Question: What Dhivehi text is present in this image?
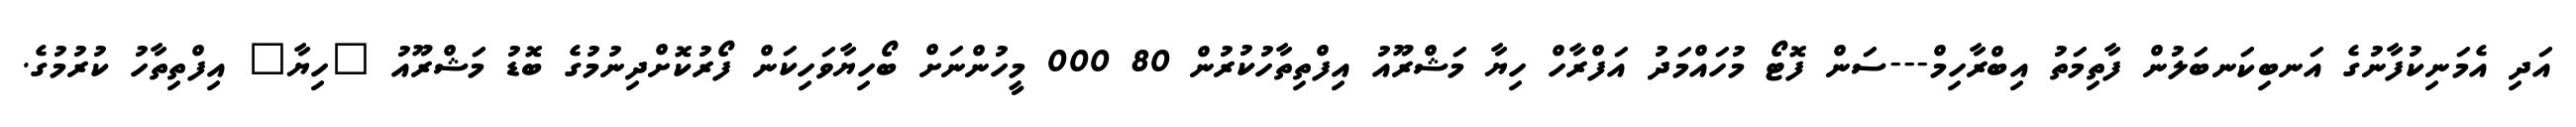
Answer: އަދި އެމަނިކުފާނުގެ އަނބިކަނބަލުން ފާތިމަތު އިބްރާހިމް---ސަން ފޮޓޯ މުހައްމަދު އަފްރާހް ހިޔާ މަޝްރޫއު އިފްތިތާހުކުރުން 80 000 މީހުންނަށް ބޯހިޔާވަހިކަން ފޯރުކޮށްދިނުމުގެ ބޮޑު މަޝްރޫއު "ހިޔާ" އިފްތިތާހު ކުރުމުގެ.